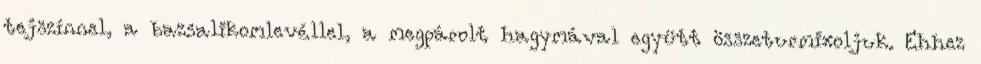
tejszínnel, a bazsalikomlevéllel, a megpárolt hagymával együtt összeturmixoljuk. Ehhez